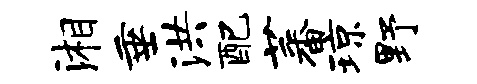
湘垂洪配蕃琼野